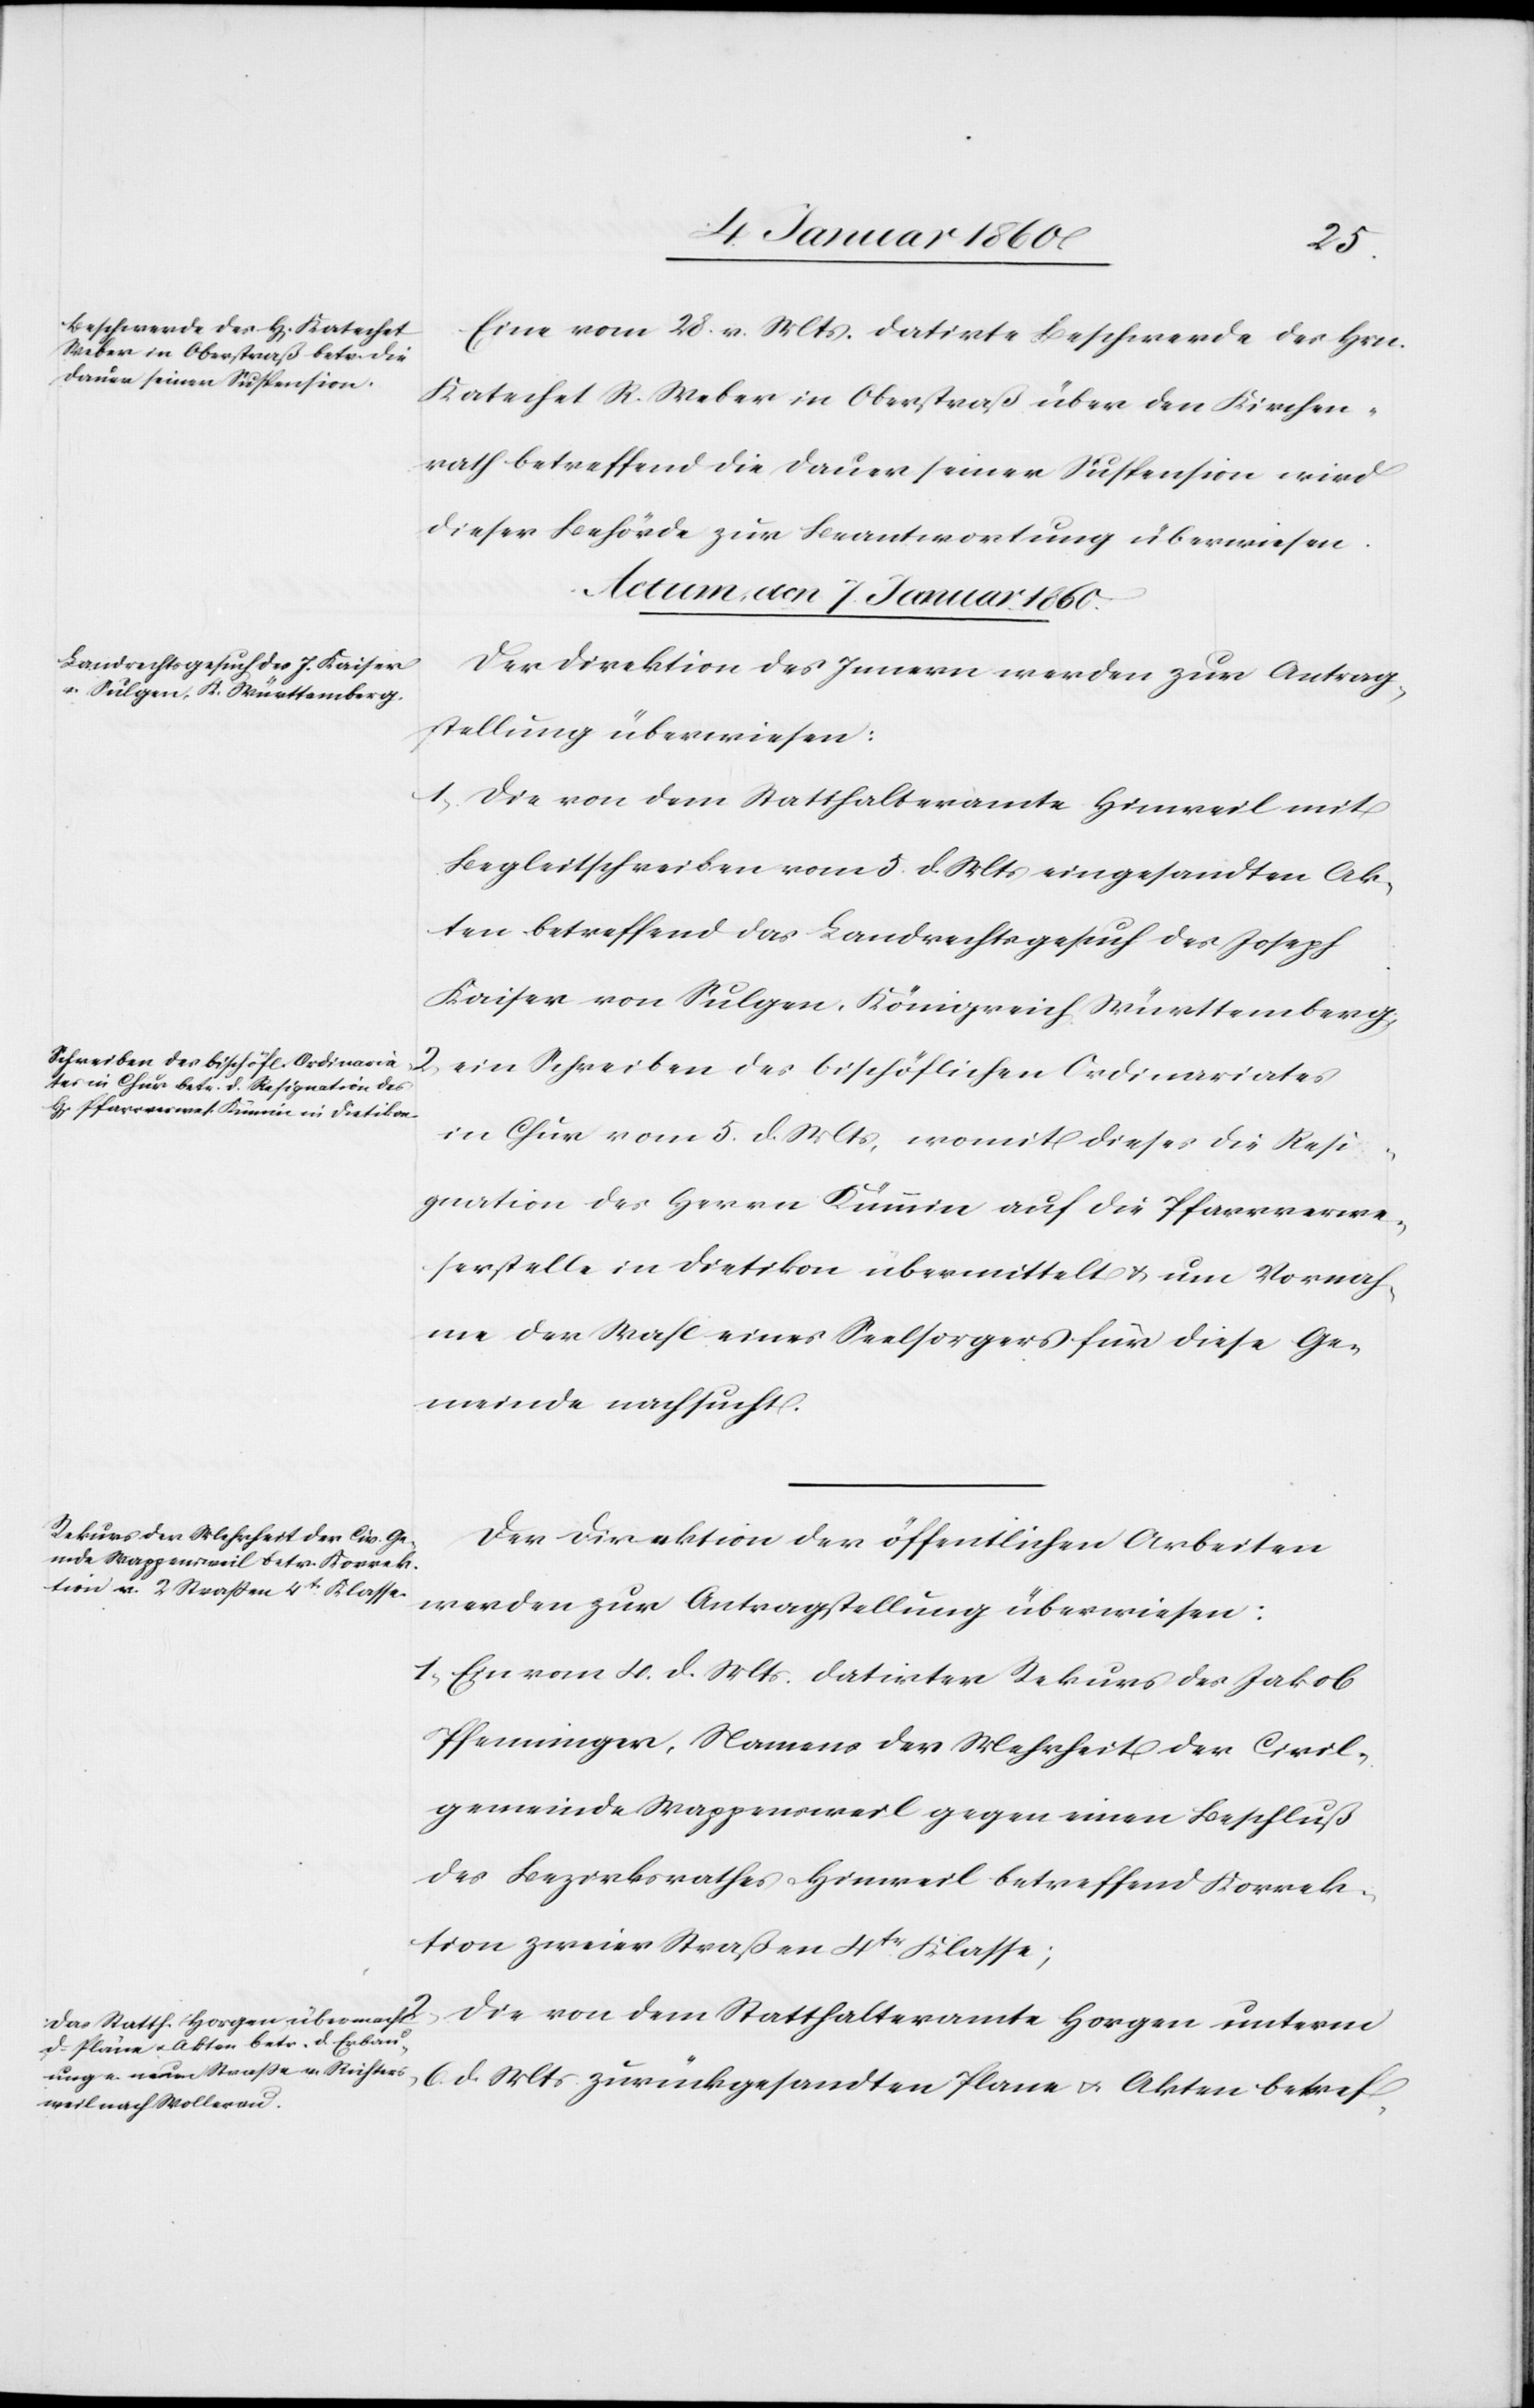
erm
Eine vom 28. v. Mts. datirte Beschwerde des Hrn.
Katechet R. Weber in Oberstraß über den Kirchen¬
rath betreffend die Dauer seiner Suspension wird
dieser Behörde zur Beantwortung überwiesen.
Actum den 7 Januar 1860.]
Der Direktion des Innern werden zur Antrag¬
stellung überwiesen:
2. Die von dem Statthalteramte Horgen unt¬
Begleitschreiben vom 5. d. Mts. eingesandten Ak¬
ten betreffend das Landrechtsgesuch des Joseph
Kaiser von Sulgen, Königreich Württemberg.
2.
ein Schreiben des bischöflichen Ordinariates
in Chur vom 5. d. Mts., womit dieses die Resi¬
gnation des Herrn Kümmin auf die Pfarrverwe¬
serstelle in Dietikon übermittelt u. um Vermach¬
ung der Wahl eines Seelsorgers fur [sic!] diese Ge¬
meinde nachsucht.
Der Direktion der öffentlichen Arbeiten
werden zur Antragstellung überwiesen:
1. Ein vom 4. d. Mts. datirter Rekurs des Jakob
Pfenninger, Namens der Mehrheit der Civil¬
gemeinde Wappensweil gegen einen Beschluß
des Bezirksrathes Hinweil betreffend Korrek¬
tion zweier Strassen 4tr Klasse.
6. d. Mts. zurückgesandten Plane u. Akten betref-